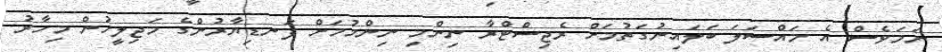
ނަމަވެސް އެ މައްސަލަ ބަލައިނުގަތުމަށް ރެޖިސްޓްރާ ނިންމި ނިންމުމަށް ފަނޑިޔާރުންގެ މަޖިލީހުން މިހާރު